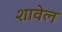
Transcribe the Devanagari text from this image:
शावेल